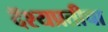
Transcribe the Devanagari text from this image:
दॅश्यप्रतीचा